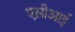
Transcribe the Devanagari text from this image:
एस़ीआई